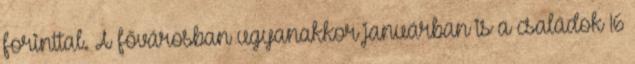
forinttal. A fővárosban ugyanakkor januárban is a családok 16